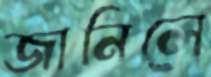
জানিলে